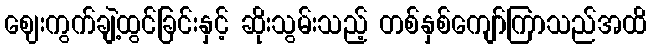
ဈေးကွက်ချဲ့ထွင်ခြင်းနှင့် ဆိုးသွမ်းသည့် တစ်နှစ်ကျော်ကြာသည်အထိ